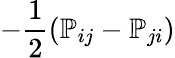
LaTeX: -\frac 12({\mathbb P}_{ij}-{\mathbb P}_{ji})